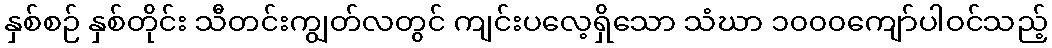
နှစ်စဉ် နှစ်တိုင်း သီတင်းကျွတ်လတွင် ကျင်းပလေ့ရှိသော သံဃာ ၁၀၀၀ကျော်ပါဝင်သည့်